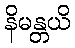
နိမန္တယိ